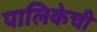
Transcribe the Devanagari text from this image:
पालिकेची